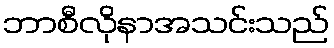
ဘာစီလိုနာအသင်းသည်